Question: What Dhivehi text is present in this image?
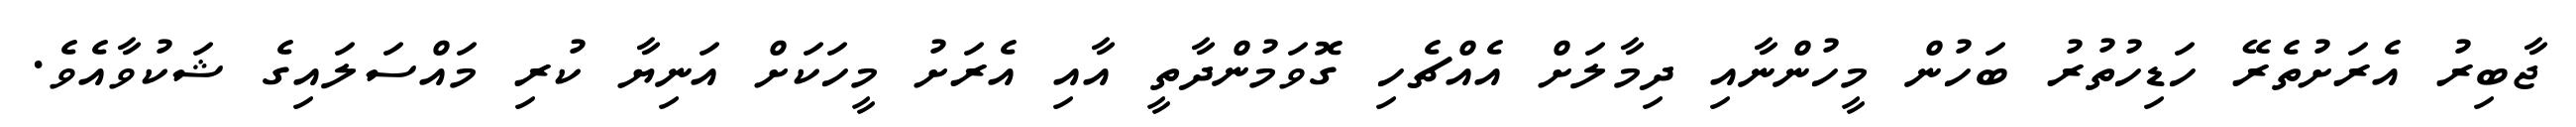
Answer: ޖާބިރު އެރަށުތެރޭ ހަޑިހުތުރު ބަހުން މީހުންނާއި ދިމާލަށް އެއްޗެހި ގޮވަމުންދާތީ އާއި އެރަށު މީހަކަށް އަނިޔާ ކުރި މައްސަލައިގެ ޝަކުވާއެވެ.